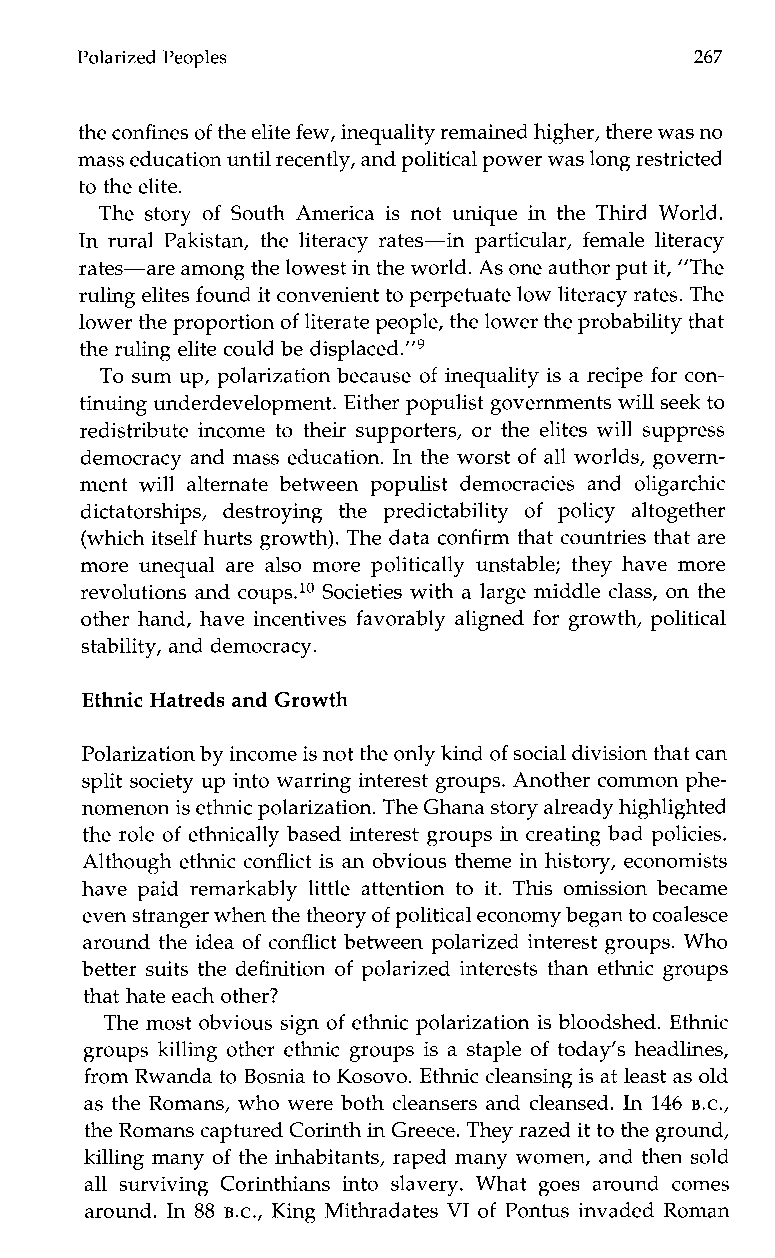
Polarized Peoples                        267
 the confines of the elite few, inequality remained higher, there was no
 mass educationu ntil recently, and political power was long restricted
 to the elite.
 The story of South America is not unique in the Third World.
 In rural Pakistan, the literacy rates-in particular, female literacy
 rates-are among the lowest in the world. As one author puti t, ”The
 ruling elites found it convenient to perpetuate low literacy rates. The
 lower the proportion of literate people, the lower the probability that
 the ruling elite could be di~placed.”~
 To sum up, polarization because of inequality is a recipe for con-
 tinuing underdevelopment.E ither populist governments will seek to
 redistribute income to their supporters, or the elites will suppress
 democracy and mass education. In the worst of all worlds, govern-
 ment will alternate betweenp opulist democracies and oligarchic
 dictatorships, destroying the predictability of policy altogether
 (which itself hurts growth). The data confirm that countries that are
 more unequal are also more politically unstable; they have more
 revolutions and coups.1o Societies with a large middle class, on the
 other hand, have incentives favorably aligned for growth, political
 stability, and democracy.
 Ethnic Hatreds and Growth
 Polarization by income is not the only kind of social division that can
 split society up into warring interest groups. Another common phe-
 nomenon is ethnic polarization. The Ghana story alreadyh ighlighted
 the role of ethnically based interest groups in creating bad policies.
 Although ethnic conflict is an obvious theme in history, economists
 have paid remarkably little attention to it. This omission became
 even stranger when the theory of political economy began toc oalesce
 around the idea of conflict between polarized interest groups. Who
 better suits the definition of polarized interests than ethnic groups
 that hate each other?
 The most obvious sign of ethnic polarization is bloodshed. Ethnic
 groups killing other ethnic groups is a staple of today’s headlines,
 from Rwanda to Bosnia to Kosovo. Ethnic cleansing is at least as old
 as the Romans, who were both cleansers and cleansed. In 146 B.c.,
 the Romans capturedC orinth in Greece. They razed it to the ground,
 killing many of the inhabitants, raped many women, and then sold
 all surviving Corinthians into slavery. What goes around comes
 around. In 88 B.c., King Mithradates VIo f Pontus invaded Roman